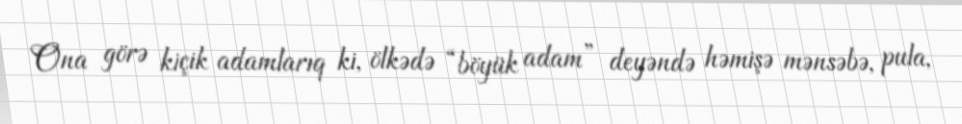
Ona görə kiçik adamlarıq ki, ölkədə “böyük adam” deyəndə həmişə mənsəbə, pula,